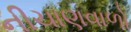
નીચાણવાળો